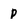
Character: p